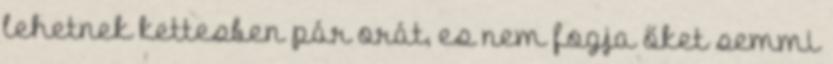
lehetnek kettesben pár orát, es nem fogja őket semmi